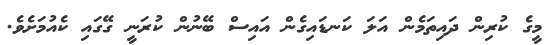
މީގެ ކުރިން ދައިތަމެން އަލަ ކަނޑައިގެން އައިސް ބޭނުން ކުރަނީ ގޭގައި ކެއުމަށެވެ.